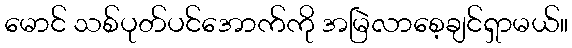
မောင် သစ်ပုတ်ပင်အောက်ကို အမြဲလာစေ့ချင်ရှာမယ်။